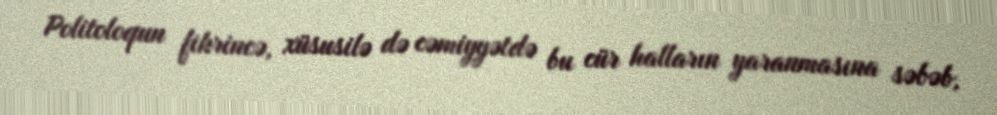
Politoloqun fikrincə, xüsusilə də cəmiyyətdə bu cür halların yaranmasına səbəb,